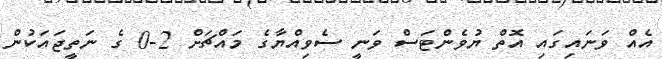
އެއް ވަނައިގައި އޮތް ޔުވެންޓަސް ވަނީ ސެވިއްޔާގެ މައްޗަށް 2-0 ގެ ނަތީޖައަކުން